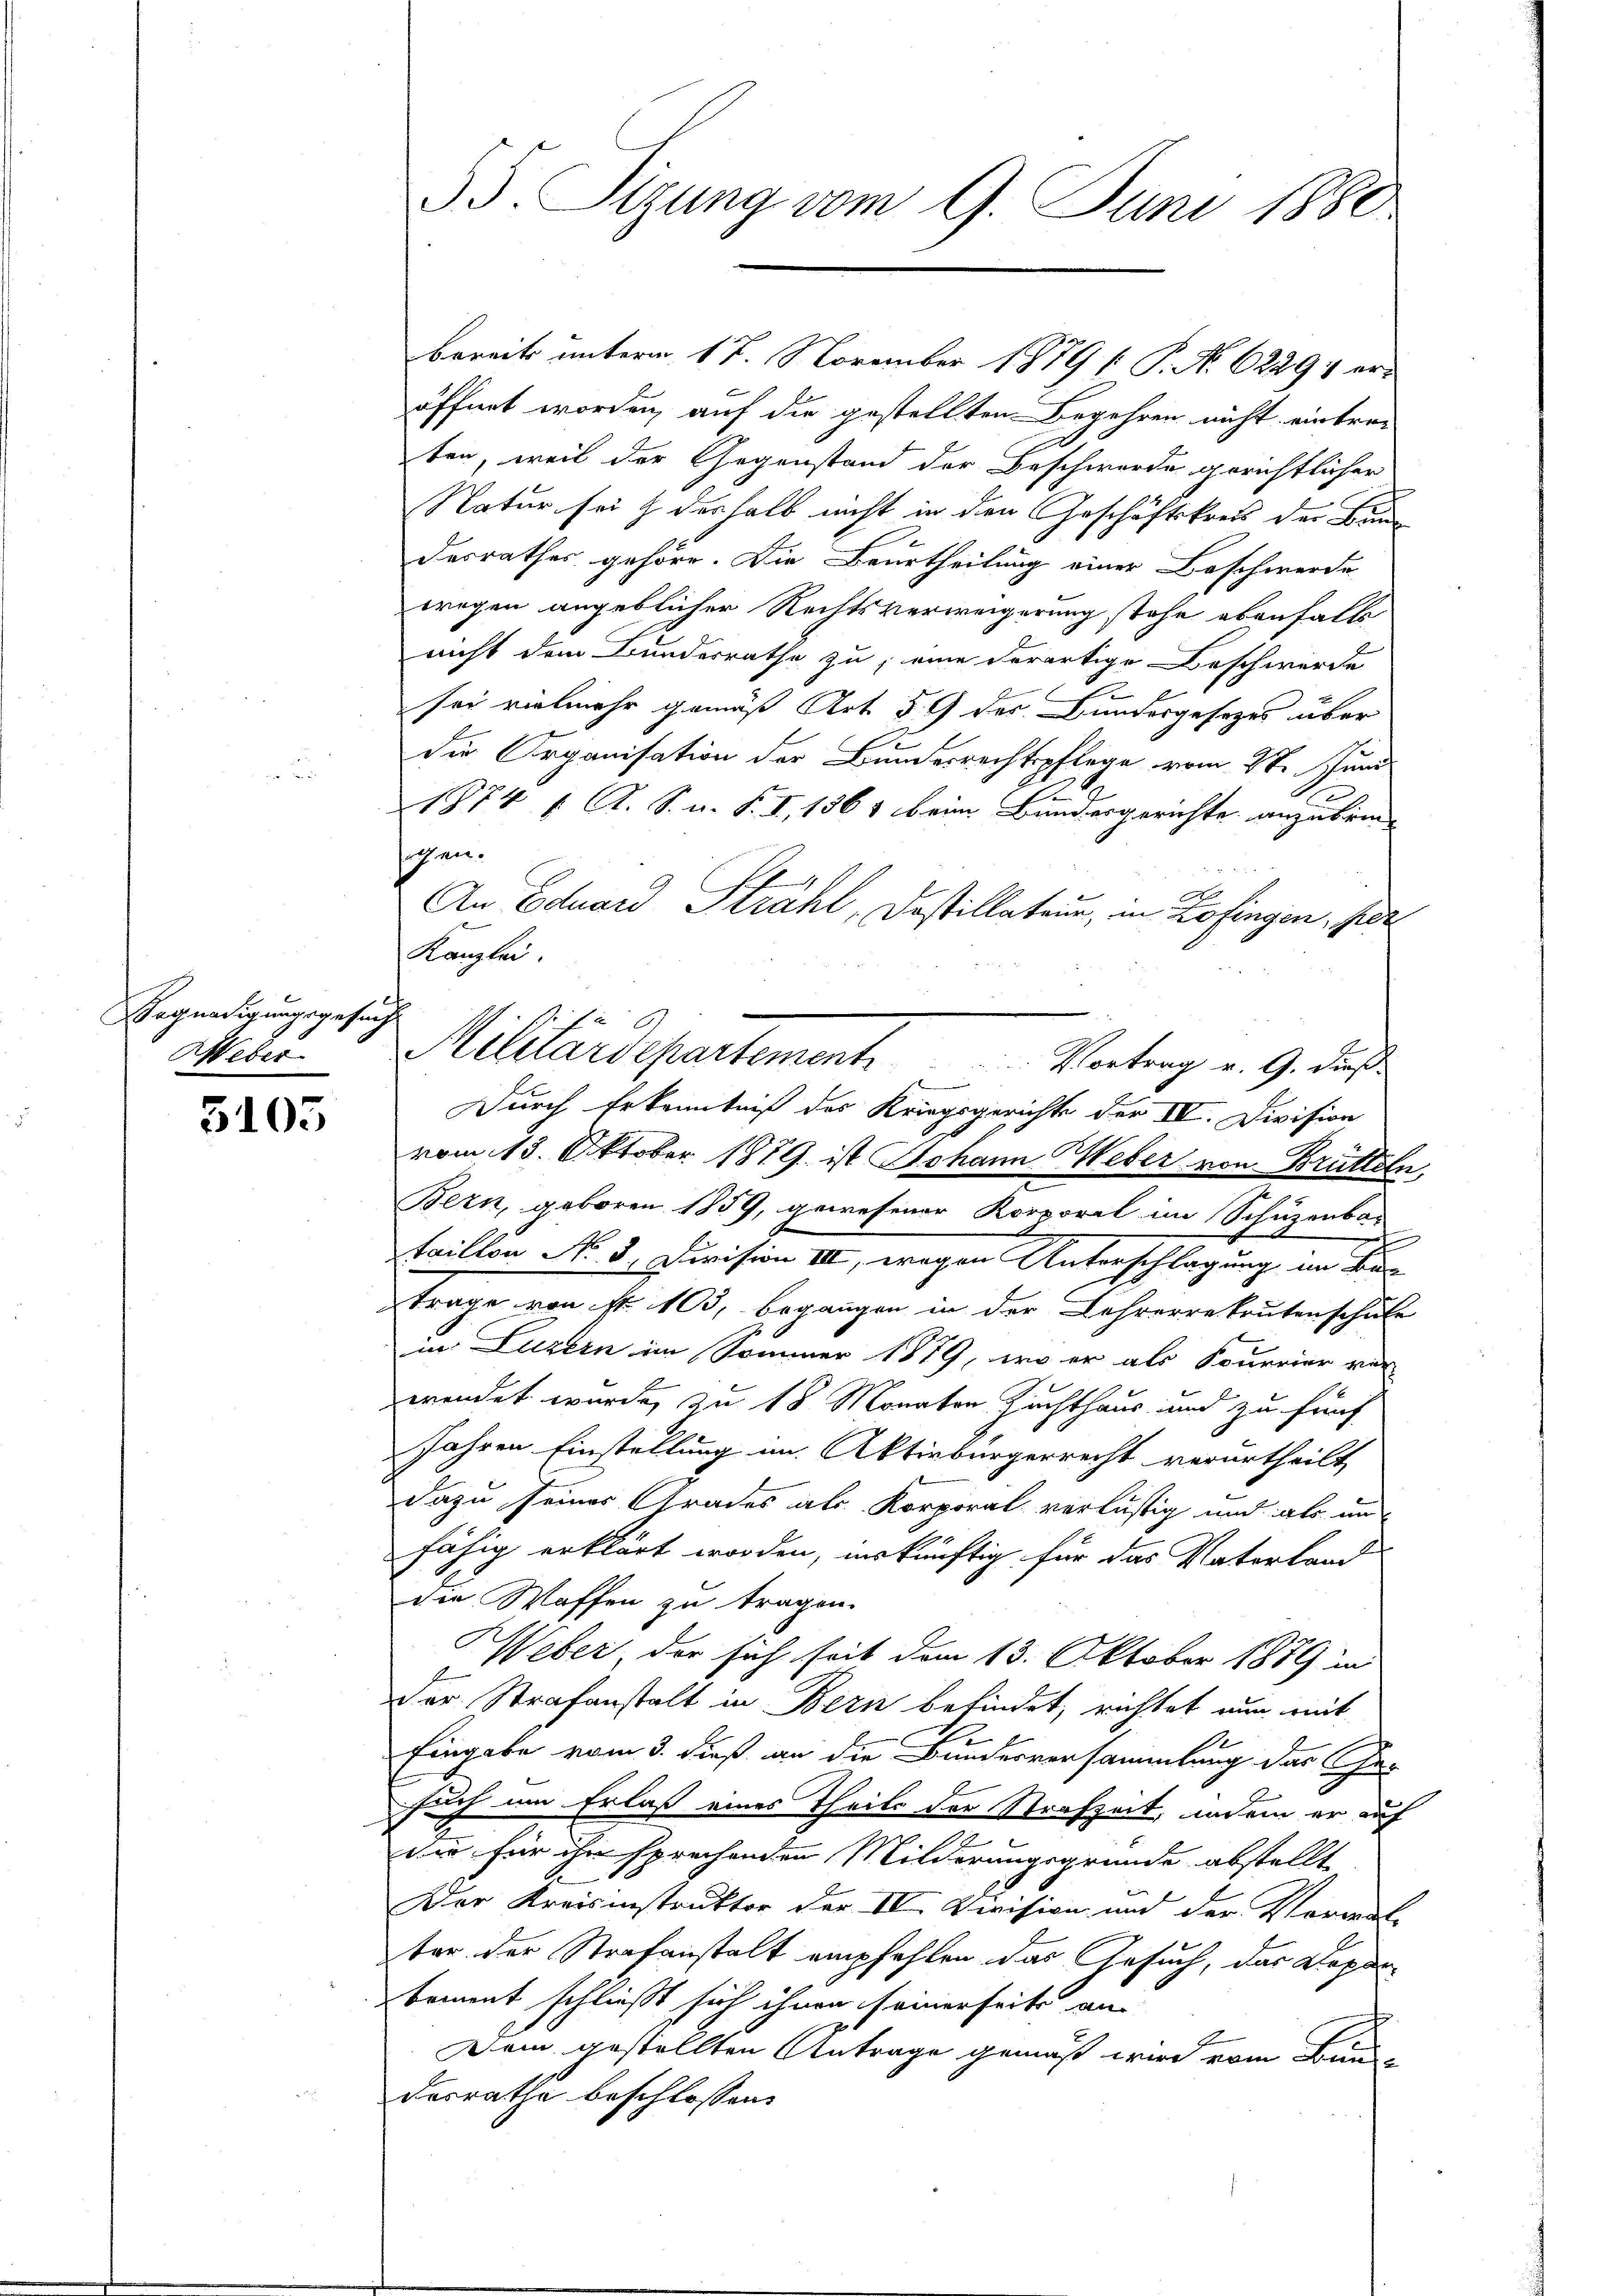
Begnadigungsgese
Weber

5105

55. Sizung vom 9. Juni 1880

bereits unterm 17. November 1879 [ P. Nr. 62291 eröffnet worden, auf die gestellten Begehren nicht eintre-
ten, weil der Gegenstand der Beschwerde gerichtlicher
Natur sei & deshalb nicht in den Geschäftskreis der Bun
desrathes gehöre. Die Beurtheilung einer Beschwerde
wregen angeblicher Rechtsverweigerung stehe ebenfalls
nicht dem Bundesrathe zu; eine derartige Beschwerde
sei vielmehr gemäß Art § 9 des Bundesgesezes über
die Organisation der Bundesrechtspflege vom 2te Juni
1874 f. A. S. u. S. I, 1861 beim Bundesgerichte anzubrinsochen.
An Eduard Strahl, Dostillateur, in Zofingen, For
Durch Erkenntniß des Kriegsgerichte der IV. Division
vom 13. Oktober 1879. ist Johann Weber von Brütteln,
Bern, geboren 1859, gewesener Korporel im Schüzenbar
n
taillon No. 3. Division III, wegen Unterschlagung im Be-
trage von fr. 103, begangen in der Lehrerekrutenschule
in Luzern im Sommer 1879, wo er als Sonerier ver
wendet wurde, zu 18 Monaten Zuchthaus und zu fünf
Jahren Einstellung an Aktivbürgerrecht verurtheilt,
dazu seiner Grades als Korporal verlästig und als un
fähig erklärt worden, inskünftig für das Vaterland
die Waffen zu tragen.
Weber, der sich seit dem 13. Oktober 1889 in
Der Strafanstalt in Bern befindet, richtet nur mit
Eingabe vom 3. dieß an die Bundesversammlung das Gesuch um Erlaß eines Theils der Strafzeit, indem er auf
die für ihn sprechenden Milderungsgründe abstellt
Der Kreisinstruktor der IV. Division und der Vormal-
ter der Strafanstalt empfehlen das Gesuch, das Deparbement schließt sich ihnen seinerseits an
Dem gestellten Antrage gemäß wird vom Bau-
desrathe beschlossen:

Kanzlei.
i
9
Militärdepartement
Vortrag v. 9. dieß
.